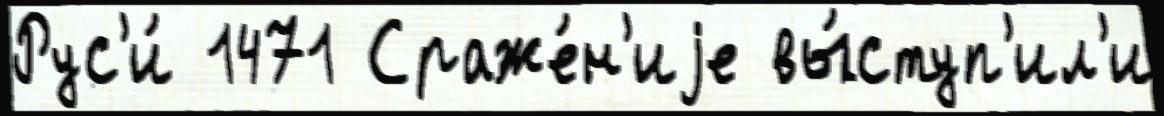
Рус'и́ 1471 Сраже́н'иjе вы́ступ'ил'и